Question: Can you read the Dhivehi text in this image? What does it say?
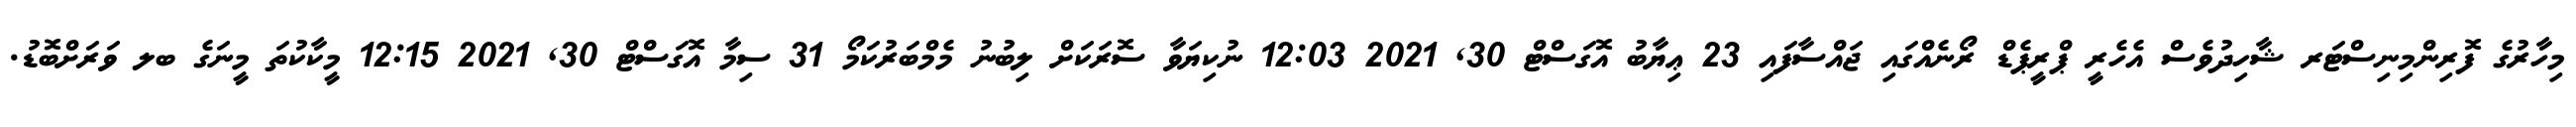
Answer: މިހާރުގެ ފޮރިންމިނިސްޓަރ ޝާހިދުވެސް އެހެރީ ޕްރީޕެޑް ރޯނެއްގައި ޖައްސާފައި 23 ޢިޔާބު އޮގަސްޓް 30, 2021 12:03 ނުކިޔަވާ ސޮރަކަށް ލިބުނު މެމްބަރުކަމޯ 31 ސިމާ އޮގަސްޓް 30, 2021 12:15 މީކާކުތަ މީނަގެ ބލ ވަރަށްބޮޑު.